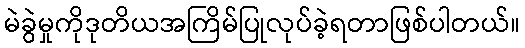
မဲခွဲမှုကိုဒုတိယအကြိမ်ပြုလုပ်ခဲ့ရတာဖြစ်ပါတယ်။